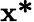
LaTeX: {\textbf{x*}}